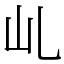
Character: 乢